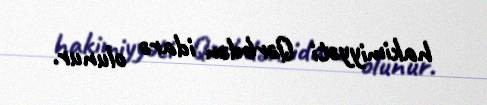
hakimiyyəti Qərbdən idarə olunur.